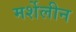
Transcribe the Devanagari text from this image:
मर्शेलीन